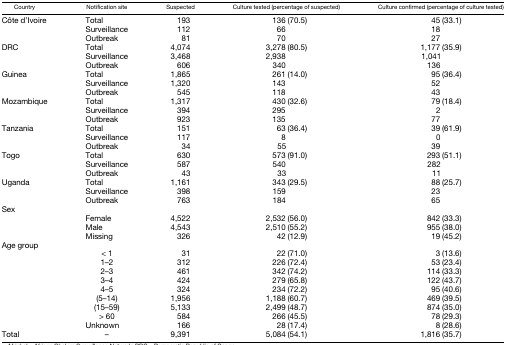
<table><thead><tr><td><b>Country</b></td><td><b>Notification site</b></td><td><b>Suspected</b></td><td><b>Culture tested (percentage of suspected)</b></td><td><b>Culture confirmed (percentage of culture tested)</b></td></tr></thead><tbody><tr><td>Côte d’Ivoire</td><td>Total</td><td>193</td><td>136 (70.5)</td><td>45 (33.1)</td></tr><tr><td></td><td>Surveillance</td><td>112</td><td>66</td><td>18</td></tr><tr><td></td><td>Outbreak</td><td>81</td><td>70</td><td>27</td></tr><tr><td>DRC</td><td>Total</td><td>4,074</td><td>3,278 (80.5)</td><td>1,177 (35.9)</td></tr><tr><td></td><td>Surveillance</td><td>3,468</td><td>2,938</td><td>1,041</td></tr><tr><td></td><td>Outbreak</td><td>606</td><td>340</td><td>136</td></tr><tr><td>Guinea</td><td>Total</td><td>1,865</td><td>261 (14.0)</td><td>95 (36.4)</td></tr><tr><td></td><td>Surveillance</td><td>1,320</td><td>143</td><td>52</td></tr><tr><td></td><td>Outbreak</td><td>545</td><td>118</td><td>43</td></tr><tr><td>Mozambique</td><td>Total</td><td>1,317</td><td>430 (32.6)</td><td>79 (18.4)</td></tr><tr><td></td><td>Surveillance</td><td>394</td><td>295</td><td>2</td></tr><tr><td></td><td>Outbreak</td><td>923</td><td>135</td><td>77</td></tr><tr><td>Tanzania</td><td>Total</td><td>151</td><td>63 (36.4)</td><td>39 (61.9)</td></tr><tr><td></td><td>Surveillance</td><td>117</td><td>8</td><td>0</td></tr><tr><td></td><td>Outbreak</td><td>34</td><td>55</td><td>39</td></tr><tr><td>Togo</td><td>Total</td><td>630</td><td>573 (91.0)</td><td>293 (51.1)</td></tr><tr><td></td><td>Surveillance</td><td>587</td><td>540</td><td>282</td></tr><tr><td></td><td>Outbreak</td><td>43</td><td>33</td><td>11</td></tr><tr><td>Uganda</td><td>Total</td><td>1,161</td><td>343 (29.5)</td><td>88 (25.7)</td></tr><tr><td></td><td>Surveillance</td><td>398</td><td>159</td><td>23</td></tr><tr><td></td><td>Outbreak</td><td>763</td><td>184</td><td>65</td></tr><tr><td>Sex</td><td></td><td></td><td></td><td></td></tr><tr><td></td><td>Female</td><td>4,522</td><td>2,532 (56.0)</td><td>842 (33.3)</td></tr><tr><td></td><td>Male</td><td>4,543</td><td>2,510 (55.2)</td><td>955 (38.0)</td></tr><tr><td></td><td>Missing</td><td>326</td><td>42 (12.9)</td><td>19 (45.2)</td></tr><tr><td>Age group</td><td></td><td></td><td></td><td></td></tr><tr><td></td><td>&lt; 1</td><td>31</td><td>22 (71.0)</td><td>3 (13.6)</td></tr><tr><td></td><td>1–2</td><td>312</td><td>226 (72.4)</td><td>53 (23.4)</td></tr><tr><td></td><td>2–3</td><td>461</td><td>342 (74.2)</td><td>114 (33.3)</td></tr><tr><td></td><td>3–4</td><td>424</td><td>279 (65.8)</td><td>122 (43.7)</td></tr><tr><td></td><td>4–5</td><td>324</td><td>234 (72.2)</td><td>95 (40.6)</td></tr><tr><td></td><td>(5–14)</td><td>1,956</td><td>1,188 (60.7)</td><td>469 (39.5)</td></tr><tr><td></td><td>(15–59)</td><td>5,133</td><td>2,499 (48.7)</td><td>874 (35.0)</td></tr><tr><td></td><td>&gt; 60</td><td>584</td><td>266 (45.5)</td><td>78 (29.3)</td></tr><tr><td></td><td>Unknown</td><td>166</td><td>28 (17.4)</td><td>8 (28.6)</td></tr><tr><td>Total</td><td>–</td><td>9,391</td><td>5,084 (54.1)</td><td>1,816 (35.7)</td></tr></tbody></table>